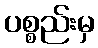
ပစ္စည်းမှ